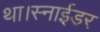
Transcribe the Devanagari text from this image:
था।स्नाईडर